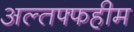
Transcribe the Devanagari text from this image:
अल्तफ्फहीम